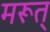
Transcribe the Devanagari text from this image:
मरूत्